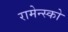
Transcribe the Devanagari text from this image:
रामेन्स्को